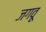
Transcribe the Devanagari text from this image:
जगवू